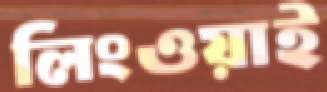
লিংওয়াই